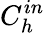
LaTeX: C_{h}^{in}